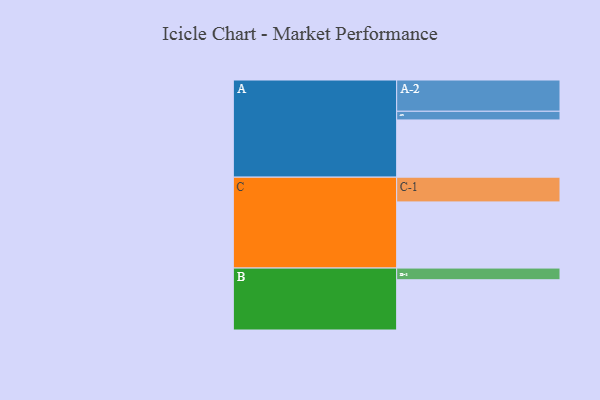
{"axis": {"x": "Segment", "y": "Value"}, "legend": ["", "A", "B", "C"], "data": [{"x": "A", "y": 500, "type": ""}, {"x": "B", "y": 439, "type": ""}, {"x": "C", "y": 578, "type": ""}, {"x": "A-1", "y": 76, "type": "A"}, {"x": "A-2", "y": 273, "type": "A"}, {"x": "B-1", "y": 102, "type": "B"}, {"x": "C-1", "y": 216, "type": "C"}]}